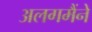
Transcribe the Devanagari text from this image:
अलगमैंने